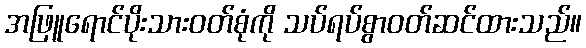
အဖြူရောင်ပိုးသားဝတ်စုံကို သပ်ရပ်စွာဝတ်ဆင်ထားသည်။